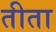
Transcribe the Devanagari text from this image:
तीता